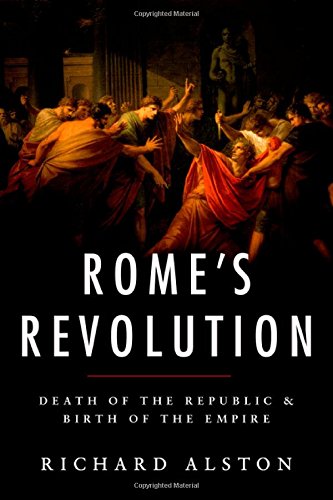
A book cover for Rome's Revolution: Death of the Republic and Birth of the Empire (Ancient Warfare and Civilization); Richard Alston; History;